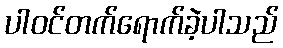
ပါဝင်တက်ရောက်ခဲ့ပါသည်